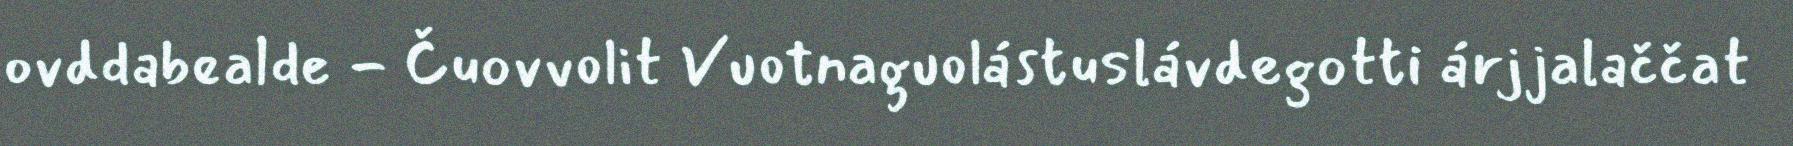
ovddabealde - Čuovvolit Vuotnaguolástuslávdegotti árjjalaččat